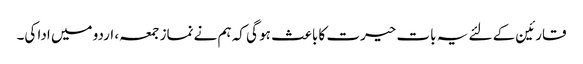
قارئین کے لئے یہ بات حیرت کا باعث ہو گی کہ ہم نے نماز جمعہ، اردو میں ادا کی۔